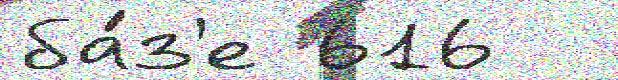
ба́з'е 616